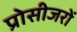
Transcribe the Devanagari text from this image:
प्रोसीजरों